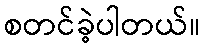
စတင်ခဲ့ပါတယ်။